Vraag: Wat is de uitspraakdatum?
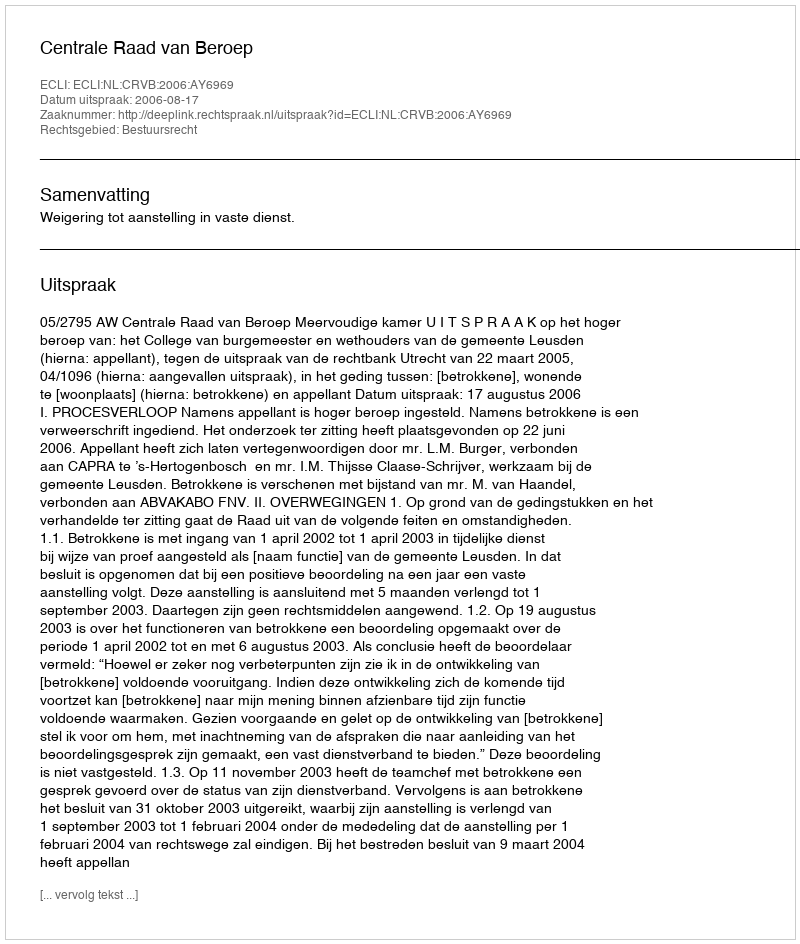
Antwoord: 2006-08-17